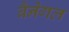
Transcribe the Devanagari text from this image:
बैनेगल